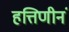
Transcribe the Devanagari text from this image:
हत्तिणीनं